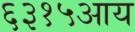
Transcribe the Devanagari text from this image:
६३१५आय